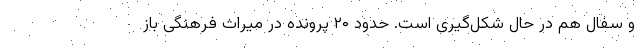
و سفال هم در حال شکل‌گیری است. حدود ۲۰ پرونده در میراث فرهنگی باز